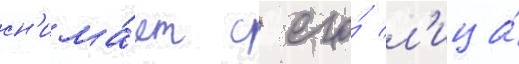
сн'има́ет с его́ л'ица́